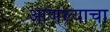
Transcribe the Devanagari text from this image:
आणल्याचा